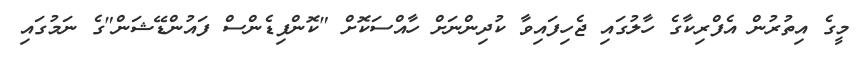
މީގެ އިތުރުން އެފްރިކާގެ ހާލުގައި ޖެހިފައިވާ ކުދިންނަށް ހާއްސަކޮށް "ކޮންފިޑެންސް ފައުންޑޭޝަން"ގެ ނަމުގައި